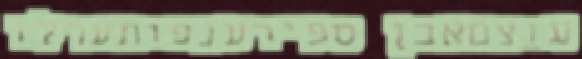
עוצםאבן ספירענפותערלו